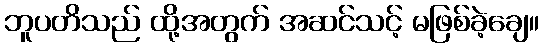
ဘူပတိသည် ထို့အတွက် အဆင်သင့် မဖြစ်ခဲ့ချေ။